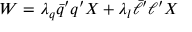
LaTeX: W = \lambda _ { q } \bar { q } ^ { \prime } q ^ { \prime } X + \lambda _ { l } \bar { \ell } ^ { \prime } \ell ^ { \prime } X